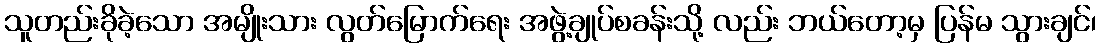
သူတည်းခိုခဲ့သော အမျိုးသား လွတ်မြောက်ရေး အဖွဲ့ချုပ်စခန်းသို့ လည်း ဘယ်တော့မှ ပြန်မ သွားချင်၊